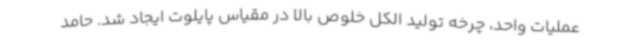
عملیات واحد، چرخه تولید الکل خلوص بالا در مقیاس پایلوت ایجاد شد. حامد